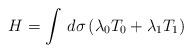
LaTeX: \begin{align*}H=\int\,d\sigma\,(\lambda_{0}T_{0}+\lambda_{1}T_{1})\end{align*}